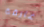
غارقة